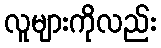
လူများကိုလည်း